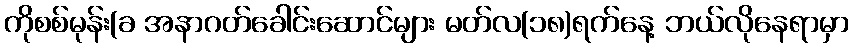
ကိုစစ်မုန်း(ခ အနာဂတ်ခေါင်းဆောင်များ မတ်လ(၁၈)ရက်နေ့ ဘယ်လိုနေရာမှာ